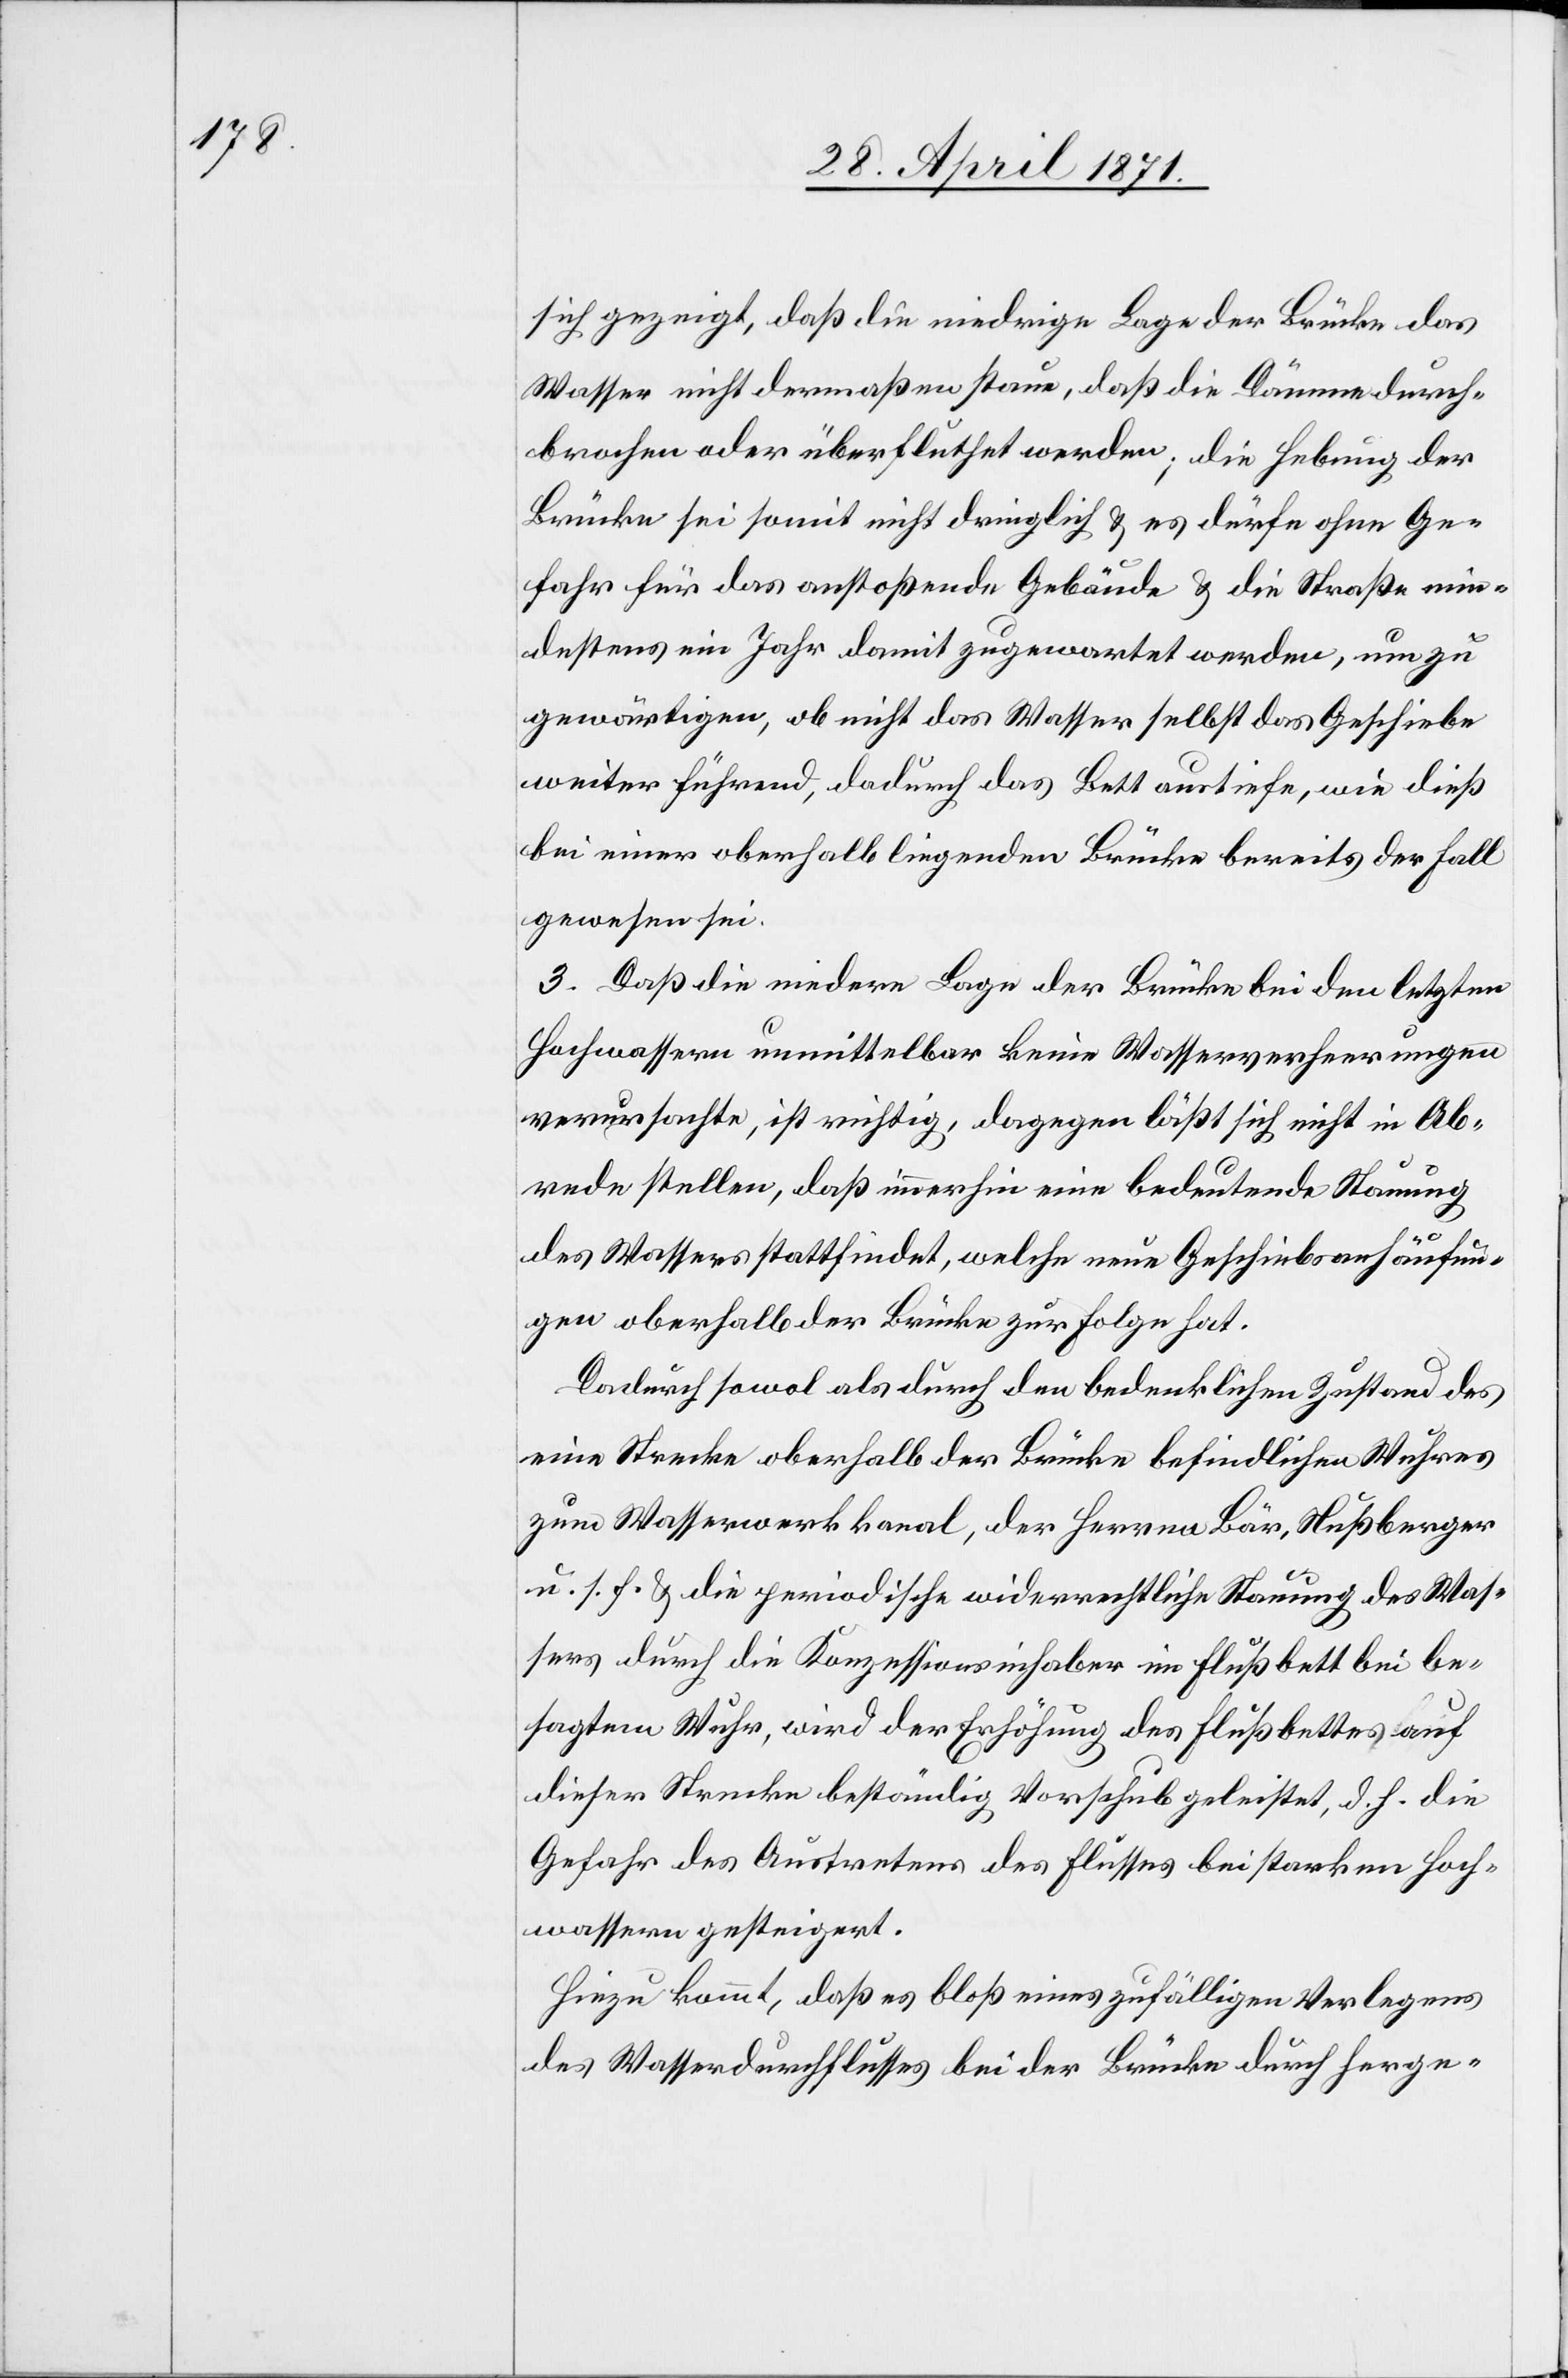
sich gezeigt, daß die niedrige Lage der Brücke das
Wasser nicht dermaßen staue, daß die Dämme durch¬
brochen oder überflutet werden; die Hebung der
Brücke sei somit nicht dringlich u. es dürfe ohne Ge¬
fahr für das anstoßende Gebäude u. die Straße min¬
destens ein Jahr damit zugewartete werden, um zu
gewärtigen, ob nicht das Wasser selbst das Geschiebe
weiter führend, dadurch das Bett austiefe, wie dieß
bei einer oberhalb liegenden Brücke bereits der Fall
gewesen sei.
3. Daß die niedere Lage der Brücke bei den letzten
Hochwassern unmittelbar keine Wasserverheerungen
verursachte, ist richtig, dagegen läßt sich nicht in Ab¬
rede stellen, daß immerhin eine bedeutende Stauung
des Wasser stattfinde, welche neue Geschiebsanhäufun¬
gen oberhalb der Brücke zur Folge hat.
Dadurch sowol als durch den bedenklichen Zustand des
eine Strecke oberhalb der Brücke befindlichen Wuhres
zum Wasserwerkskanal, der Herren Bär, Nußberger
u. s. f. u. die periodische widerrechtliche Stauung des Was¬
sers durch die Konzessionsinhaber im Flußbett bei be¬
sagtem Wuhr, wird der Erhöhung des Flußbettes auf
dieser Strecke beständig Vorschub geleistet, d. h. die
Gefahr des Austretens des Flusses bei starken Hoch¬
wassern gesteigert.
Hinzu kommt, daß es bloß eines zufälligen Verlegens
des Wasserdurchflusses bei der Brücke durch herge-